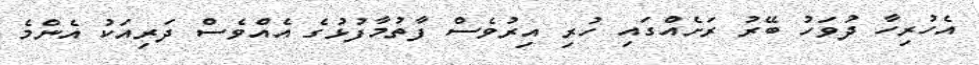
އެހުރިހާ ދުވަހު ބޭރު ރަށެއްގައި ހުރި އިރުވެސް ފާތުމާފުޅުގެ އެއްވެސް ދަރިއަކު އެންމެ